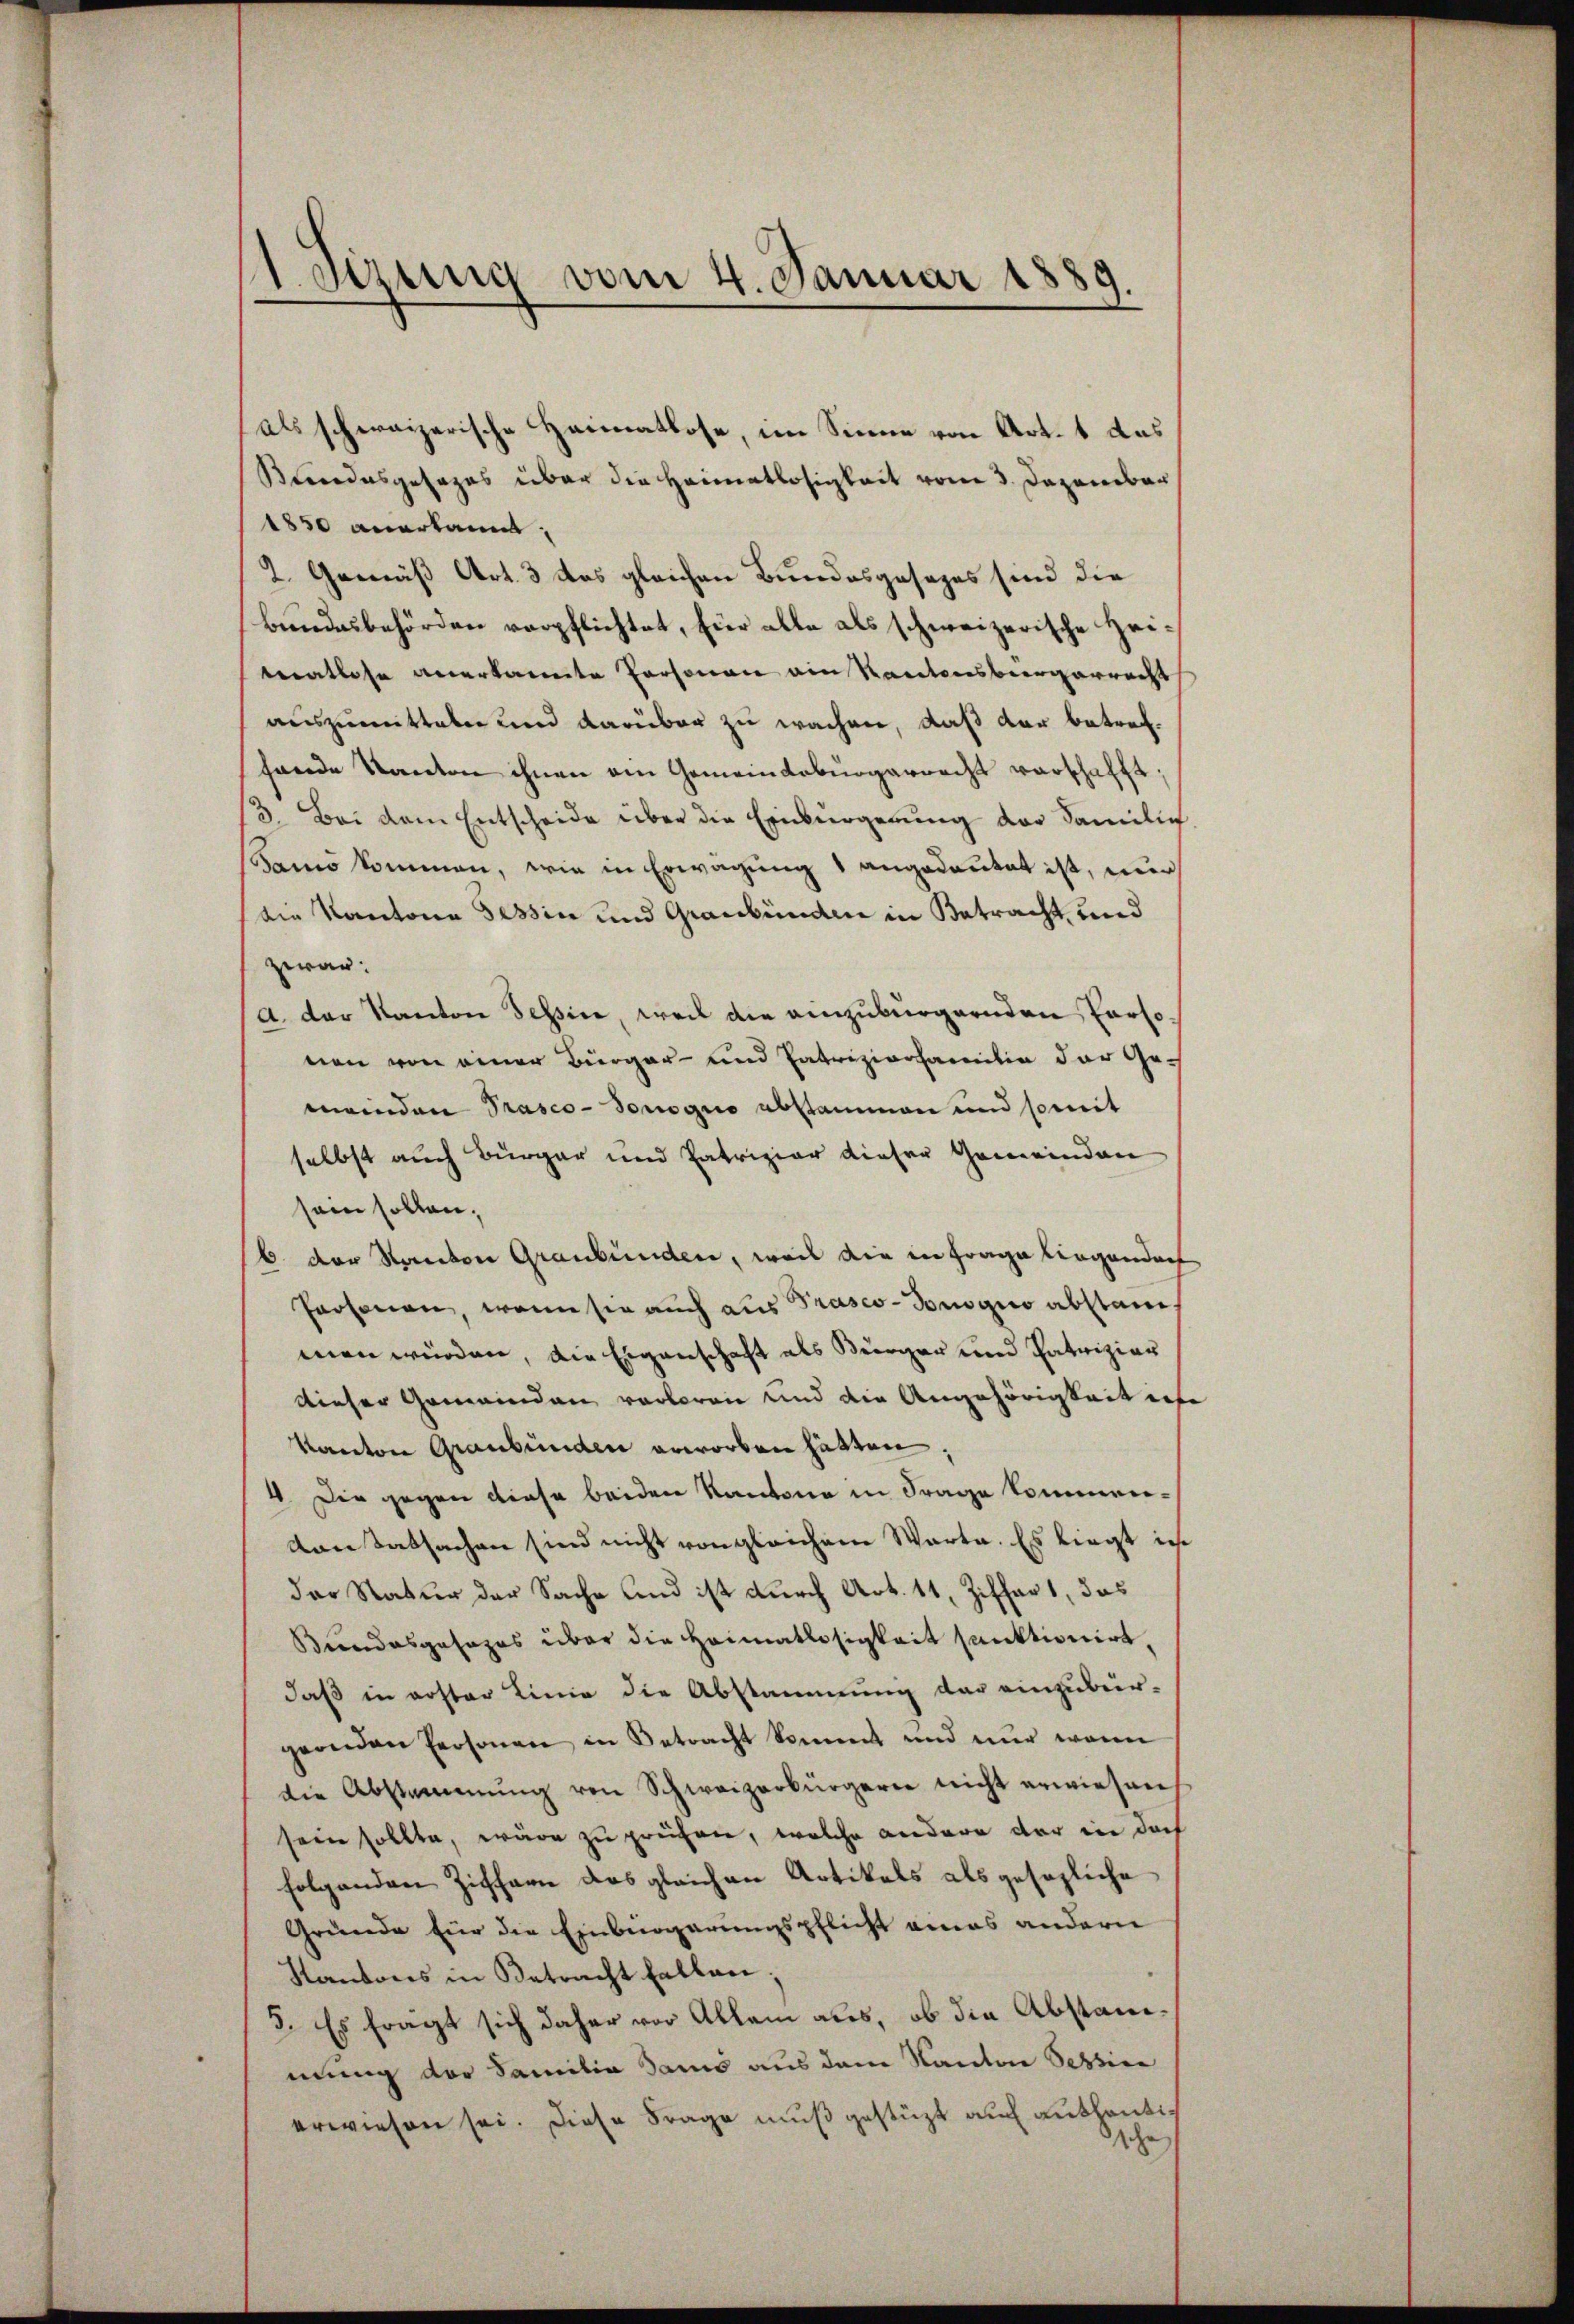
Leizung vom 4. Januar 1889.

als schweizerische Heimatlose, im Sinne von Art. 1 das
Bindesgesages über die Heimatlosigkeit vom 3. Dezember
1850 anerkannt,
2. Gemäß Art. 3 das gleichen Bundesgesages sind die
Bundesbehörden verpflichtet, Eier alle als schweizerische Heimatlose anerkannte Personen ain Rantonsbürgerrecht
auszumitteln und darüber zu wachen, daß der betrefhande Kanton ihnen am Gemeindebürgerrecht verschafft,
3. Bei dem Entscheide über die Einbürgerung der Familie
Samo kommen, wie in Erwägung 1 angedeutet ist, nur
die Kantone Tessin und Graubünden in Betracht, und
zwar:
a. Der Kanton Tessin, weil die anzubürgernden Personen von einer Bürger- und Patrizionfamilie der Gemeinden Prasco-Sonogio abstammen und somit
selbst auch Bürger und Patrizier dieser Gemeinden
sein sollen,
6 der Kanton Graubünden, weil die in Frage liegenden
Personen, wenn sie auch aus Präses-Towogio abstane,
men würden, die Eigenschaft als Bürger und Patriziar
dieser Gemeinden verloren und die Angehörigkeit er
Kanton Graubünden erworben hätten
4. Die gegen diese beiden Kantone in Frage kommern¬
Kansatsachen sind nicht von gleichem Warte. Es liegt in
der Natur der Sache und ist durch Art. 11, Ziffert, das
Bundesgesezes über die Heimatlosigkeit sanktionirt,
daß in erster Linie die Abstammung der einzuber-
gernden Personen in Betracht kommt und nur wenn
die Abstammung von Schweizerbürgerer nicht erwiesen
sein sollte, wäre zu prüfen, welche andere der in doch
folgenden Ziffern das gleichen Artikals als gesezliche
Gründe für die Einburgerungspflicht eines andern
Kantons in Betracht fallen.
5. Es frägt sich daher vor Allem aus, ob die Abstandmung der Familia dans aus dem Kanton Sessine
erwiesen sei. Diese Frage muß gestüzt auch aushantische

e